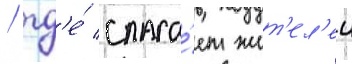
/ гд'е́ спаса́ет жит'ел'еи